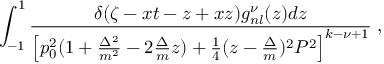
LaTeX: \int _ { - 1 } ^ { 1 } \frac { \delta ( \zeta - x t - z + x z ) g _ { n l } ^ { \nu } ( z ) d z } { \left[ p _ { 0 } ^ { 2 } ( 1 + \frac { \Delta ^ { 2 } } { m ^ { 2 } } - 2 \frac { \Delta } { m } z ) + \frac { 1 } { 4 } ( z - \frac { \Delta } { m } ) ^ { 2 } P ^ { 2 } \right] ^ { k - \nu + 1 } } \; ,